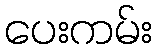
ပေးကမ်း